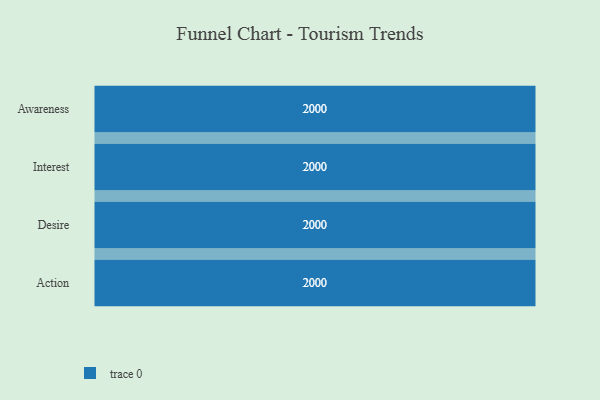
{"axis": {"x": "Stage", "y": "Value"}, "legend": [""], "data": [{"x": "Awareness", "y": 2000, "type": ""}, {"x": "Interest", "y": 2000, "type": ""}, {"x": "Desire", "y": 2000, "type": ""}, {"x": "Action", "y": 2000, "type": ""}]}